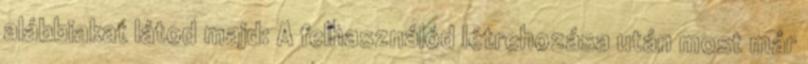
alábbiakat látod majd: A felhasználód létrehozása után most már